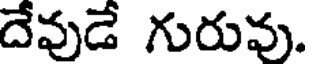
దేవుడే గురువు.